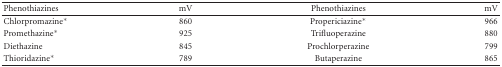
<table><thead><tr><td><b>Phenothiazines</b></td><td><b>mV</b></td><td><b>Phenothiazines</b></td><td><b>mV</b></td></tr></thead><tbody><tr><td>Chlorpromazine*</td><td>860</td><td>Propericiazine*</td><td>966</td></tr><tr><td>Promethazine*</td><td>925</td><td>Trifluoperazine</td><td>880</td></tr><tr><td>Diethazine</td><td>845</td><td>Prochlorperazine</td><td>799</td></tr><tr><td>Thioridazine*</td><td>789</td><td>Butaperazine</td><td>865</td></tr></tbody></table>